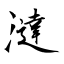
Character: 澾